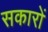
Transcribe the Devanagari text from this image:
सकारों